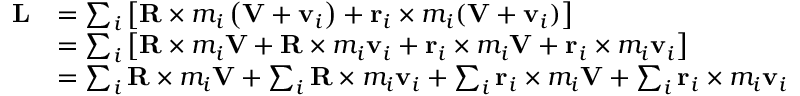
{ \begin{array} { r l } { \mathbf { L } } & { = \sum _ { i } \left[ \mathbf { R } \times m _ { i } \left( \mathbf { V } + \mathbf { v } _ { i } \right) + \mathbf { r } _ { i } \times m _ { i } ( \mathbf { V } + \mathbf { v } _ { i } ) \right] } \\ & { = \sum _ { i } \left[ \mathbf { R } \times m _ { i } \mathbf { V } + \mathbf { R } \times m _ { i } \mathbf { v } _ { i } + \mathbf { r } _ { i } \times m _ { i } \mathbf { V } + \mathbf { r } _ { i } \times m _ { i } \mathbf { v } _ { i } \right] } \\ & { = \sum _ { i } \mathbf { R } \times m _ { i } \mathbf { V } + \sum _ { i } \mathbf { R } \times m _ { i } \mathbf { v } _ { i } + \sum _ { i } \mathbf { r } _ { i } \times m _ { i } \mathbf { V } + \sum _ { i } \mathbf { r } _ { i } \times m _ { i } \mathbf { v } _ { i } } \end{array} }